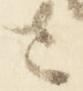
さ